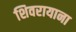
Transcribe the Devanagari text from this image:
शिवरायाना